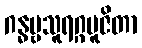
ဂန္ဓဗ္ဗသူရဂ္ဂပူဇိတာ